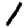
Digit: 1